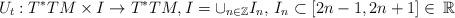
LaTeX: \begin{align*}U_t:T^*TM\times I\to T^*TM,I=\cup_{n\in\mathbb{Z}}I_n,\,I_n\subset [2n-1,2n+1]\in\,\mathbb{R} \end{align*}